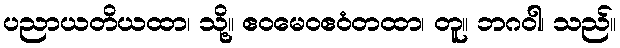
ပညာယတိယထာ၊ သို့။ ဧဝမေဝဧဝံတထာ၊ တူ။ ဘဂဝါ၊ သည်။